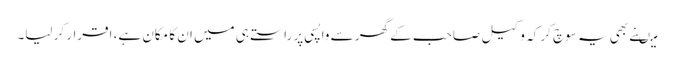
میںنے بھی یہ سوچ کر کہ وکیل صاحب کے گھر سے واپسی پر راستے ہی میں ان کا مکان ہے، اقرار کر لیا۔